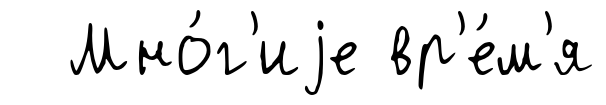
Мно́г'иjе вр'е́м'я